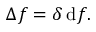
\Delta f = \delta \, \mathrm { d } f .